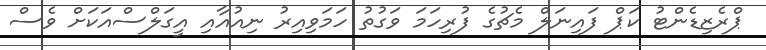
ޕްރެޒިޑެންޓު ކަޕް ފައިނަލް މެޗުގެ ފުރިހަމަ ވަގުތު ހަމަވިއިރު ނިއުއާއި އީގަލްސްއަކަށް ވެސް